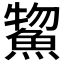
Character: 𫙦